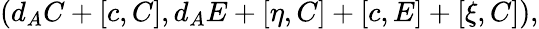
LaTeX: \left(d_{A}C+[c,C],d_{A}E+[\eta,C]+[c,E]+[\xi,C]\right),